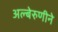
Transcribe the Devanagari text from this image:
अल्बेरुणीने